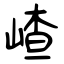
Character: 嵖